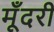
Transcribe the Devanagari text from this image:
मूँदरी